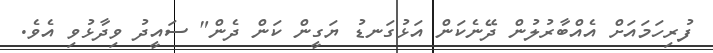
ފުރިހަމައަށް އެއްބާރުލުން ދޭނެކަން އަޅުގަނޑު ޔަގީން ކަން ދެން" ސައީދު ވިދާޅުވި އެވެ.